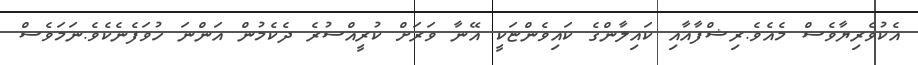
އެކުވެރިޔާވެސް މެއެވެ.ރިޝްފާއާއި ކައިލާންގެ ކައިވެންޏަކީ އޭނާ ވަރަށް ކުރީއްސުރެ ދެކެމުން އަންނަ ހުވަފެނެކެވެ.ނަމަވެސް